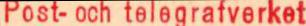
?